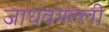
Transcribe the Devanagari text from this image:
जाधवगल्ली